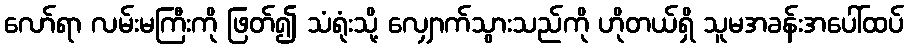
လော်ရာ လမ်းမကြီးကို ဖြတ်၍ သံရုံးသို့ လျှောက်သွားသည်ကို ဟိုတယ်ရှိ သူမအခန်းအပေါ်ထပ်